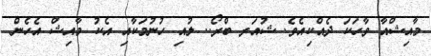
މާއިޝްއާ ވާހަކަ ދެއްކިއެވެ. ޝުއަރ ބްރޯ.. ލުއި ހުނުމަކާއި އެކު މާއިޝް އެހެން